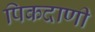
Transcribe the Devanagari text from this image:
पिकदाणी